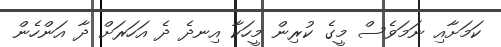
ކަމަށާއި ނަމަވެސް މީގެ ކުރިން މީހަކާ އިނދެ ދެ އަހަރަށް ދާ އަންހެން